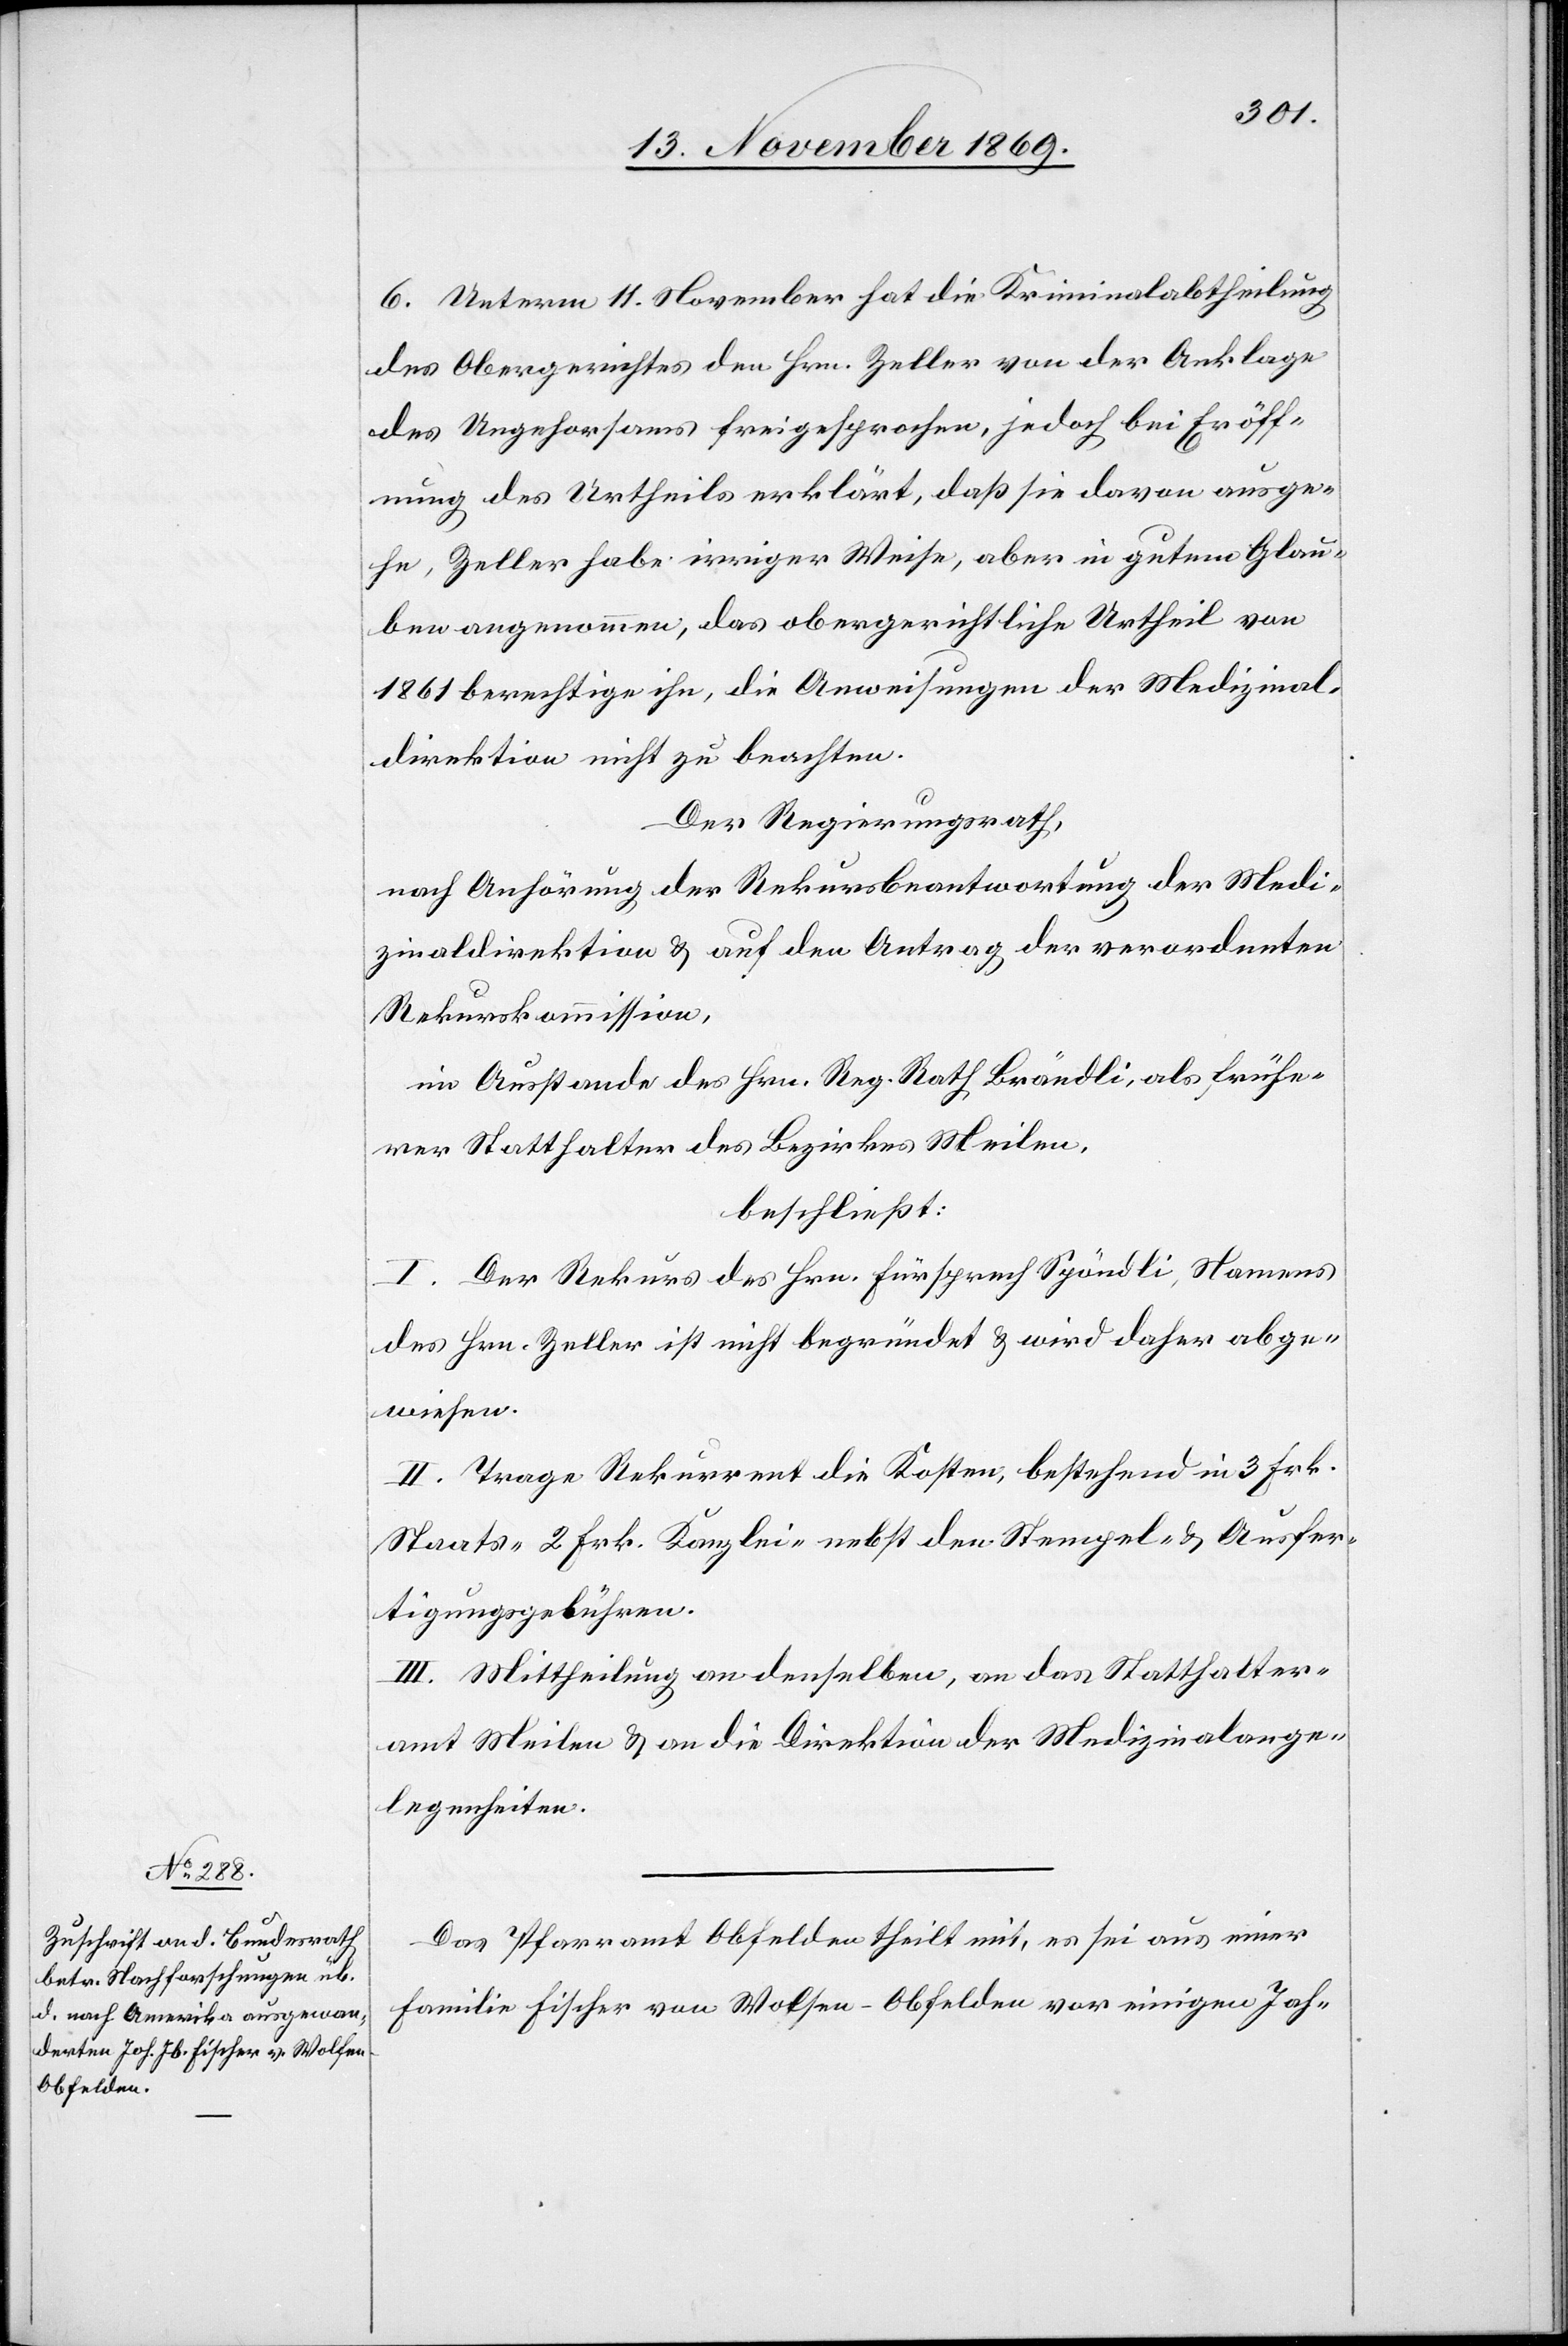
6. Unterm 11. November hat die Kriminalabtheilung
des Obergerichtes den Hrn. Zeller von der Anklage
des Ungehorsams freigesprochen, jedoch bei Eröff¬
nung des Urtheils erklärt, daß sie davon ausge¬
he, Zeller habe irriger Weise, aber in gutem Glau¬
ben angenommen, das obergerichtliche Urtheil von
1861 berechtige ihn, die Anweisungen der Medizinal¬
direktion nicht zu beachten.
Der Regierungsrath,
nach Anhörung der Rekursbeantwortung der Medi¬
zinaldirektion & auf den Antrag der verordneten
Rekurskommission,
im Ausstande des Hrn. Reg. Rath Brändli, als frühe¬
rer Statthalter des Bezirkes Meilen,
beschließt:
I. Der Rekurs des Hrn. Fürsprech Spöndli, Namens
des Hrn. Zeller ist nicht begründet & wird daher abge¬
wiesen.
II. Trage Rekurrent die Kosten, bestehend in 3 Frk.
Staats-[,] 2 Frk. Kanzlei-[,] nebst den Stempel- & Ausfer¬
tigungsgebühren.
III. Mittheilung an denselben, an das Statthalter¬
amt Meilen & an die Direktion der Medizinalange¬
legenheiten.
Das Pfarramt Obfelden theilt mit, es sei aus einer
Familie Fischer von Wolsen - Obfelden vor einigen Jah-